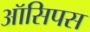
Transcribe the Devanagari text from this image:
ऑसिपस